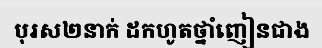
បុរស២នាក់ ដកហូតថ្នាំញៀនជាង